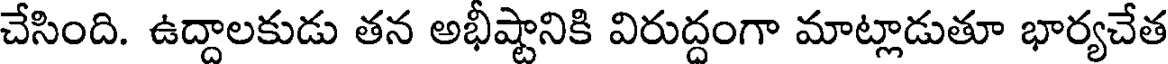
చేసింది. ఉద్దాలకుడు తన అభీష్టానికి విరుద్దంగా మాట్లాడుతూ భార్యచేత